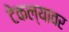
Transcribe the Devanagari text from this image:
टेकल्यावर